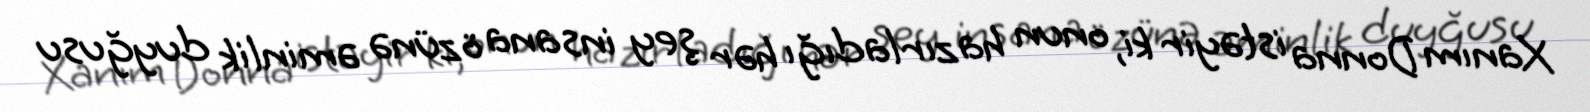
Xanım Donna istəyir ki, onun hazırladığı hər şey insana özünə əminlik duyğusu